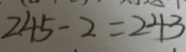
2 4 5 - 2 = 2 4 3